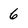
Character: 6